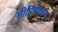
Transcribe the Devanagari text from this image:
मोहिमेवरुन